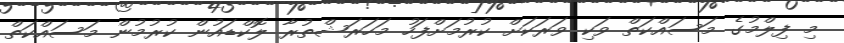
މި ފިލްމުގެ މަސައްކަތް ވަކި ވަރަކަށް ކުރުމަށްފަހު މަހަރަޝްތުރާ ލޮކްޑައުން ކުރުމުން މަސައްކަތް